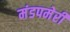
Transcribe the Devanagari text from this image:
मंडपमेरी